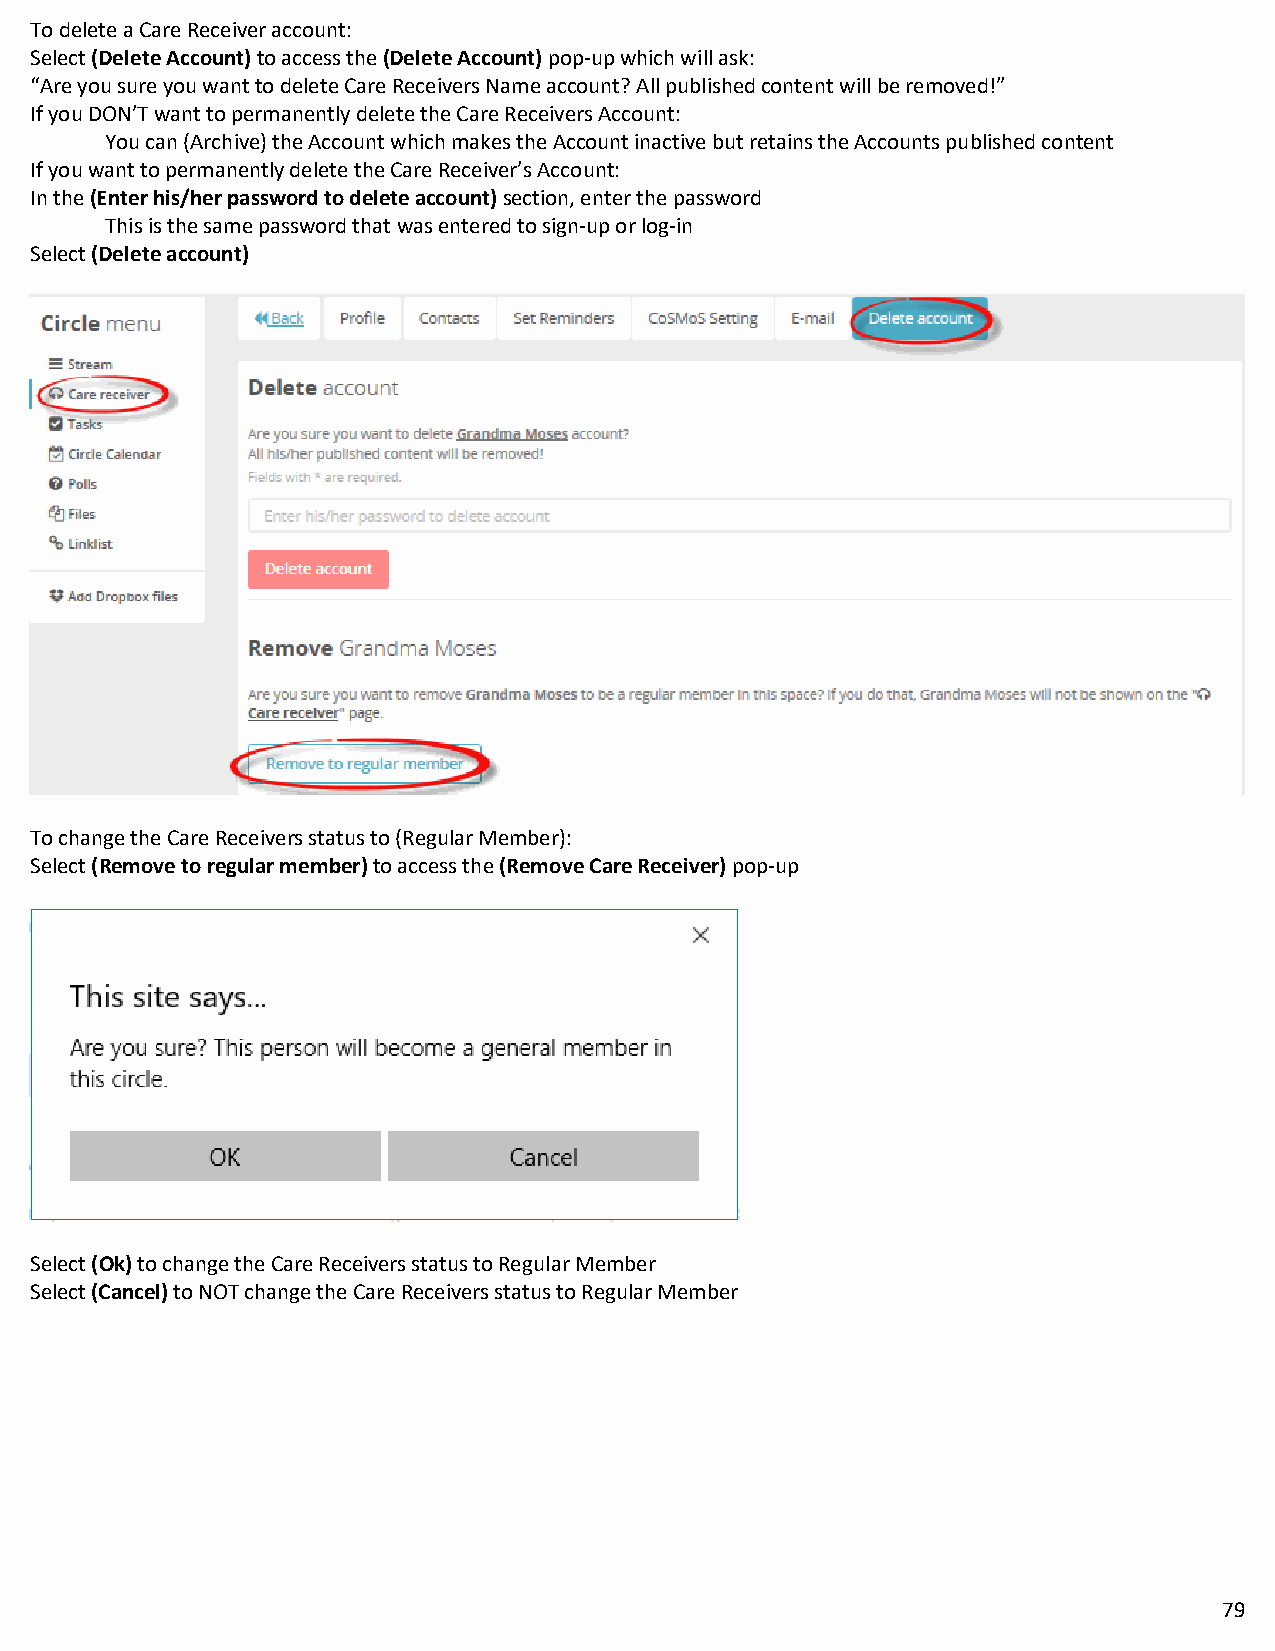
To delete a Care Receiver account:
 Select (Delete Account) to access the (Delete Account) pop-up which will ask:
 “Are you sure you want to delete Care Receivers Name account? All published content will be removed!”
 If you DON’T want to permanently delete the Care Receivers Account:
 You can (Archive) the Account which makes the Account inactive but retains the Accounts published content
 If you want to permanently delete the Care Receiver’s Account:
 In the (Enter his/her password to delete account) section, enter the password
 This is the same password that was entered to sign-up or log-in
 Select (Delete account)
 To change the Care Receivers status to (Regular Member):
 Select (Remove to regular member) to access the (Remove Care Receiver) pop-up
 Select (Ok) to change the Care Receivers status to Regular Member
 Select (Cancel) to NOT change the Care Receivers status to Regular Member
 79